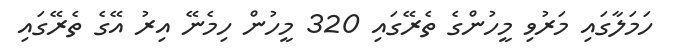
ހަމަލާގައި މަރުވި މީހުންގެ ތެރޭގައި 320 މީހުން ހިމެނޭ އިރު އޭގެ ތެރޭގައި